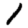
Digit: 1